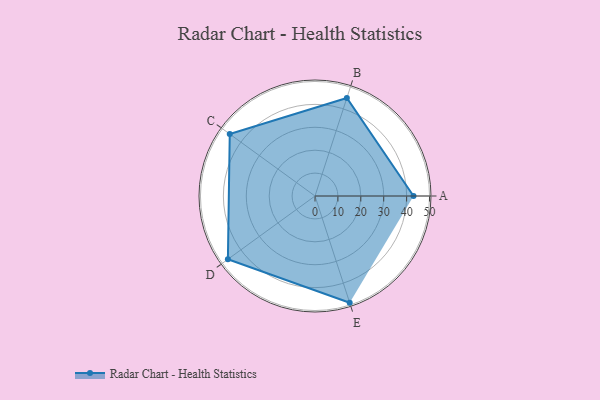
{"axis": {"x": "Skill", "y": "Score"}, "legend": ["Profile"], "data": [{"x": "A", "y": 43.0, "type": "Profile"}, {"x": "B", "y": 45.0, "type": "Profile"}, {"x": "C", "y": 46.0, "type": "Profile"}, {"x": "D", "y": 47.0, "type": "Profile"}, {"x": "E", "y": 49.0, "type": "Profile"}]}